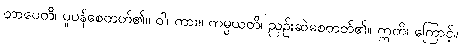
တာပေတိ၊ ပူပန်စေတတ်၏။ ဝါ၊ ကား။ ကမ္ပယတိ၊ ညှဉ်းဆဲစေတတ်၏။ ဣတိ၊ ကြောင့်။